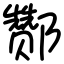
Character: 酂